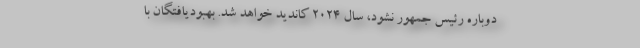
دوباره رئیس جمهور نشود، سال 2024 کاندید خواهد شد. بهبودیافتگان با